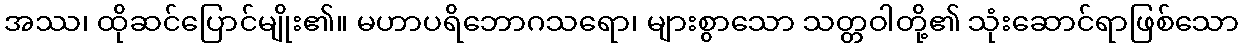
အဿ၊ ထိုဆင်ပြောင်မျိုး၏။ မဟာပရိဘောဂသရော၊ များစွာသော သတ္တဝါတို့၏ သုံးဆောင်ရာဖြစ်သော